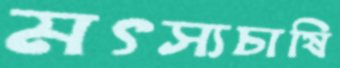
মৎস্যচাষি